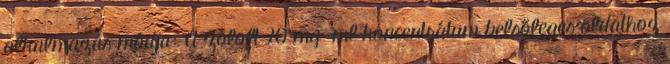
alkalmazás módja: A Zoloft 20 mg ml koncentrátum belsőleges oldathoz